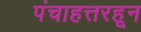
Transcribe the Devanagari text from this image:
पंचाहत्तरहून